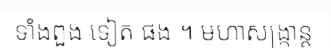
ទាំងពួង ទៀត ផង ។ មហាសង្ក្រាន្ត